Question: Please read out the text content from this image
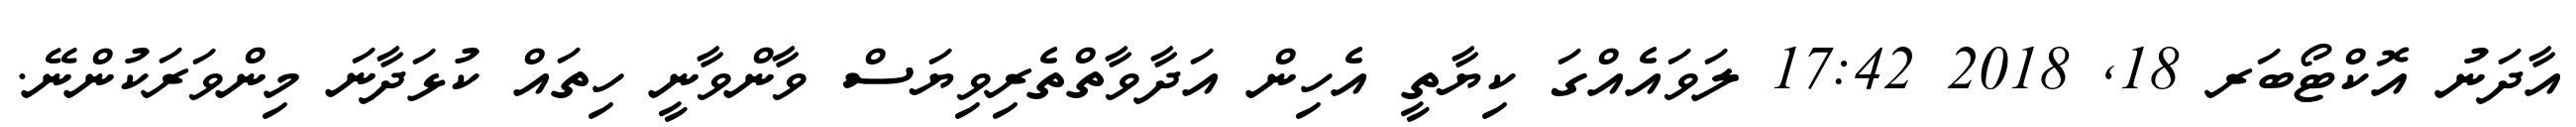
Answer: އާދަނު އޮކްޓޯބަރ 18, 2018 17:42 ލަވައެއްގަ ކިޔާތީ އެހިން އަދާވާތްތެރިވިޔަސް ވާންވާނީ ހިތައް ކުޅަދާނަ މިންވަރަކުންނޭ.